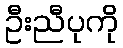
ဦးညီပုကို